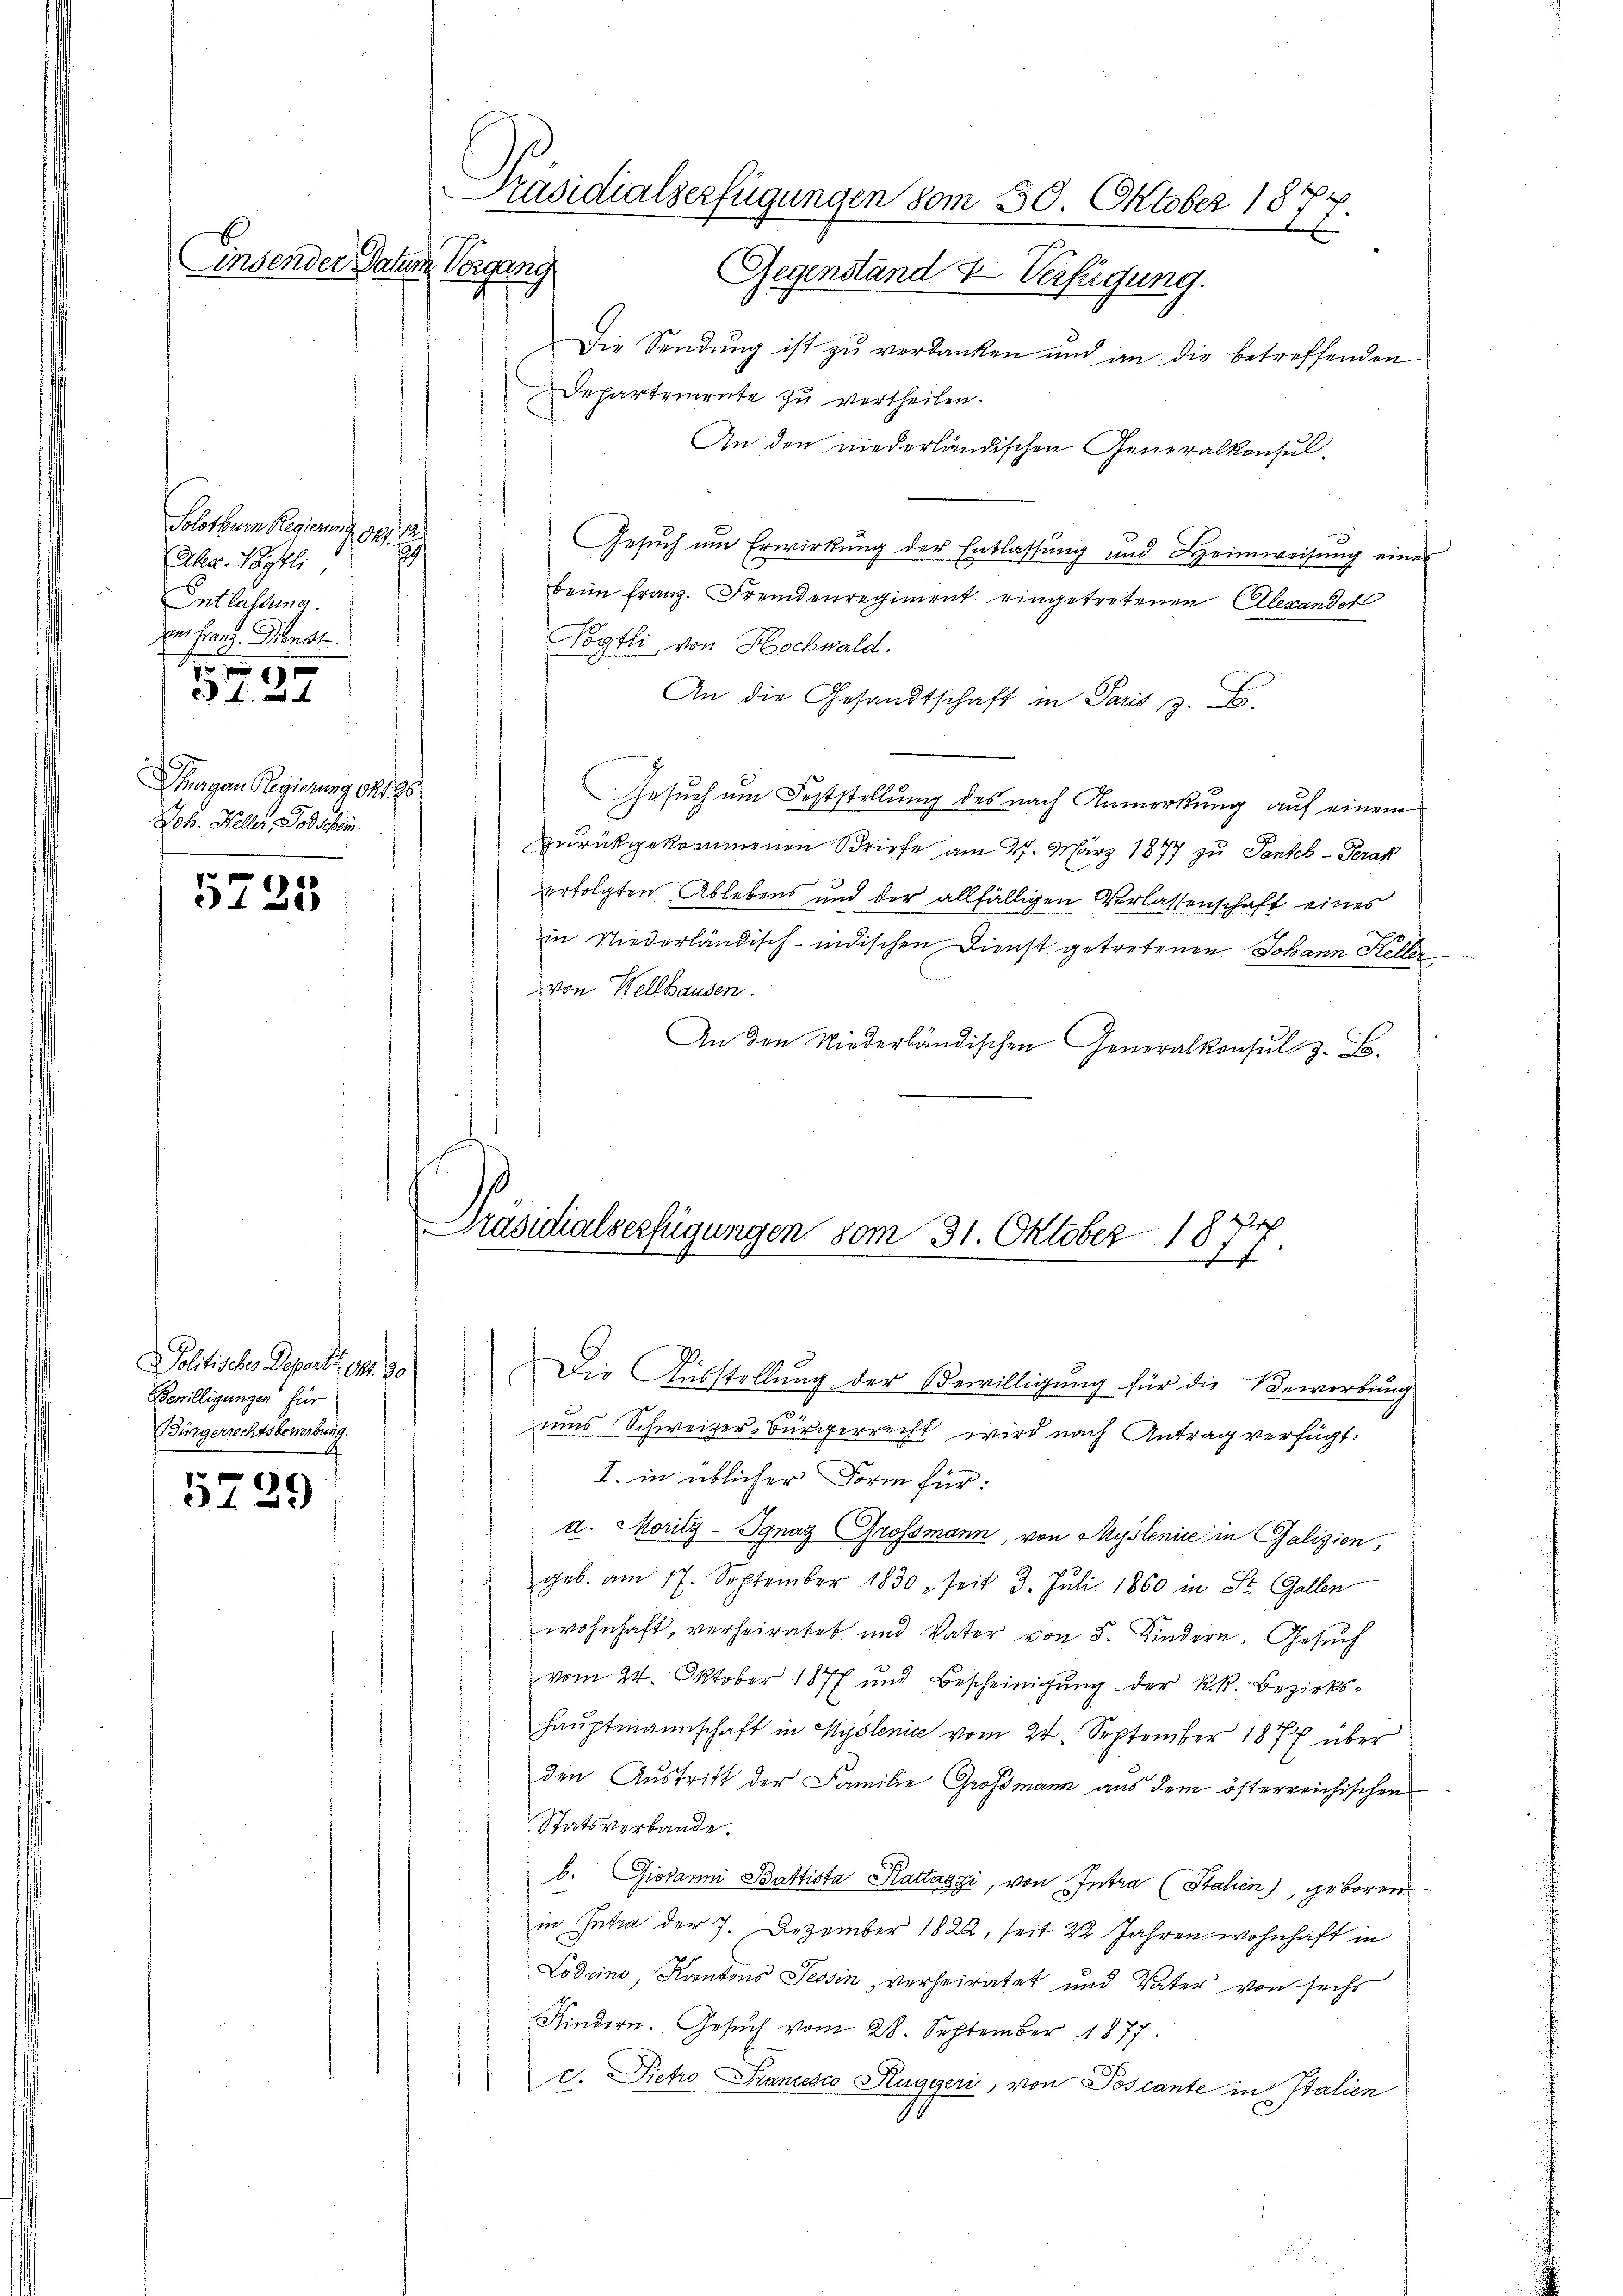
Präsidialserfügungen vom 30. Oktober 187

Einsender Datum Vorgang
Gegenstand & Verfügung.

Solothurn Regierung gez. 1
s
Aler. Pytli,
Entlassung.
zens Franz. Dienst
 99
 4.

Shagen Regierung d. 28
Joh. Heller, Todschein.

5735

Politisches Departet. 94. 90
Bewilligungen für
Bürgerrechtsbewerbung
f

5729

Die Sendung ist zu verdanken und an die betreffenden
Departemente zu vertheilen.
An den niederländischen Generalkonsul-
Gesuch um Erwirkung der Entlassung und Heimweisung eines
beim Franz. Fremdenregiment eingetretenen Alexandet
Nögtli, von Hochwald.
An die Gesandtschaft in Paris z.
Gesuch um Feststellung des nach Anmerkung auf einem
Zurückgekommenen Briefe am 27. März 1877 zu Pantck- Prak
erfolgten Ablebens und der allfälligen Verlassenschaft eines
in Niederländisch-indischen Dienst getretenen Johann Keller
von Wellhausen.
An den Niederländischen Generalkonsul z. B.

Präsidialserfügungen vom 31. Oktober 18
e
2

Die Ausstellung der Verwilligung für die Bewerbung

ums Schweizer-Bürgerrecht wird nach Antrag verfügt:
I. in üblicher Form für:
a. Mority-Ignaz Grossmann, von Myslenice in Galizien,
geb. am 17. September 1830 seit 3. Juli 1860 in St. Gallen
wohnhaft, verheiratet und Vater von 5 Kindern. Gesuch
vom 24. Oktober 1877 und Bescheinigung der k.k. Bezirks¬
Hauptmannschaft in Hyslenia vom 24. September 1874 über
den Austritt der Familie Großmann aus dem österreichischen
Statsverbande.
b. Giovanni Battista Kattazzi, von Intra (Stahen), geboren
in Intra der 7. Dezember 1822, seit 22 Jahren wohnhaft in
Lodcino, Kantons Tessin, verheiratet und Vater von sechs
Kindern. Gesŭch vom 28. September 1877.
c. Dietro Stancesco Ruggeri, von Toscante in Italien
S